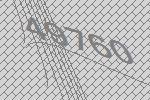
49760